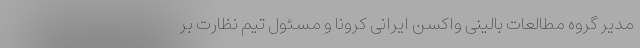
مدیر گروه مطالعات بالینی واکسن ایرانی کرونا و مسئول تیم نظارت بر